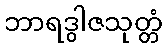
ဘာရဒွါဇသုတ္တံ